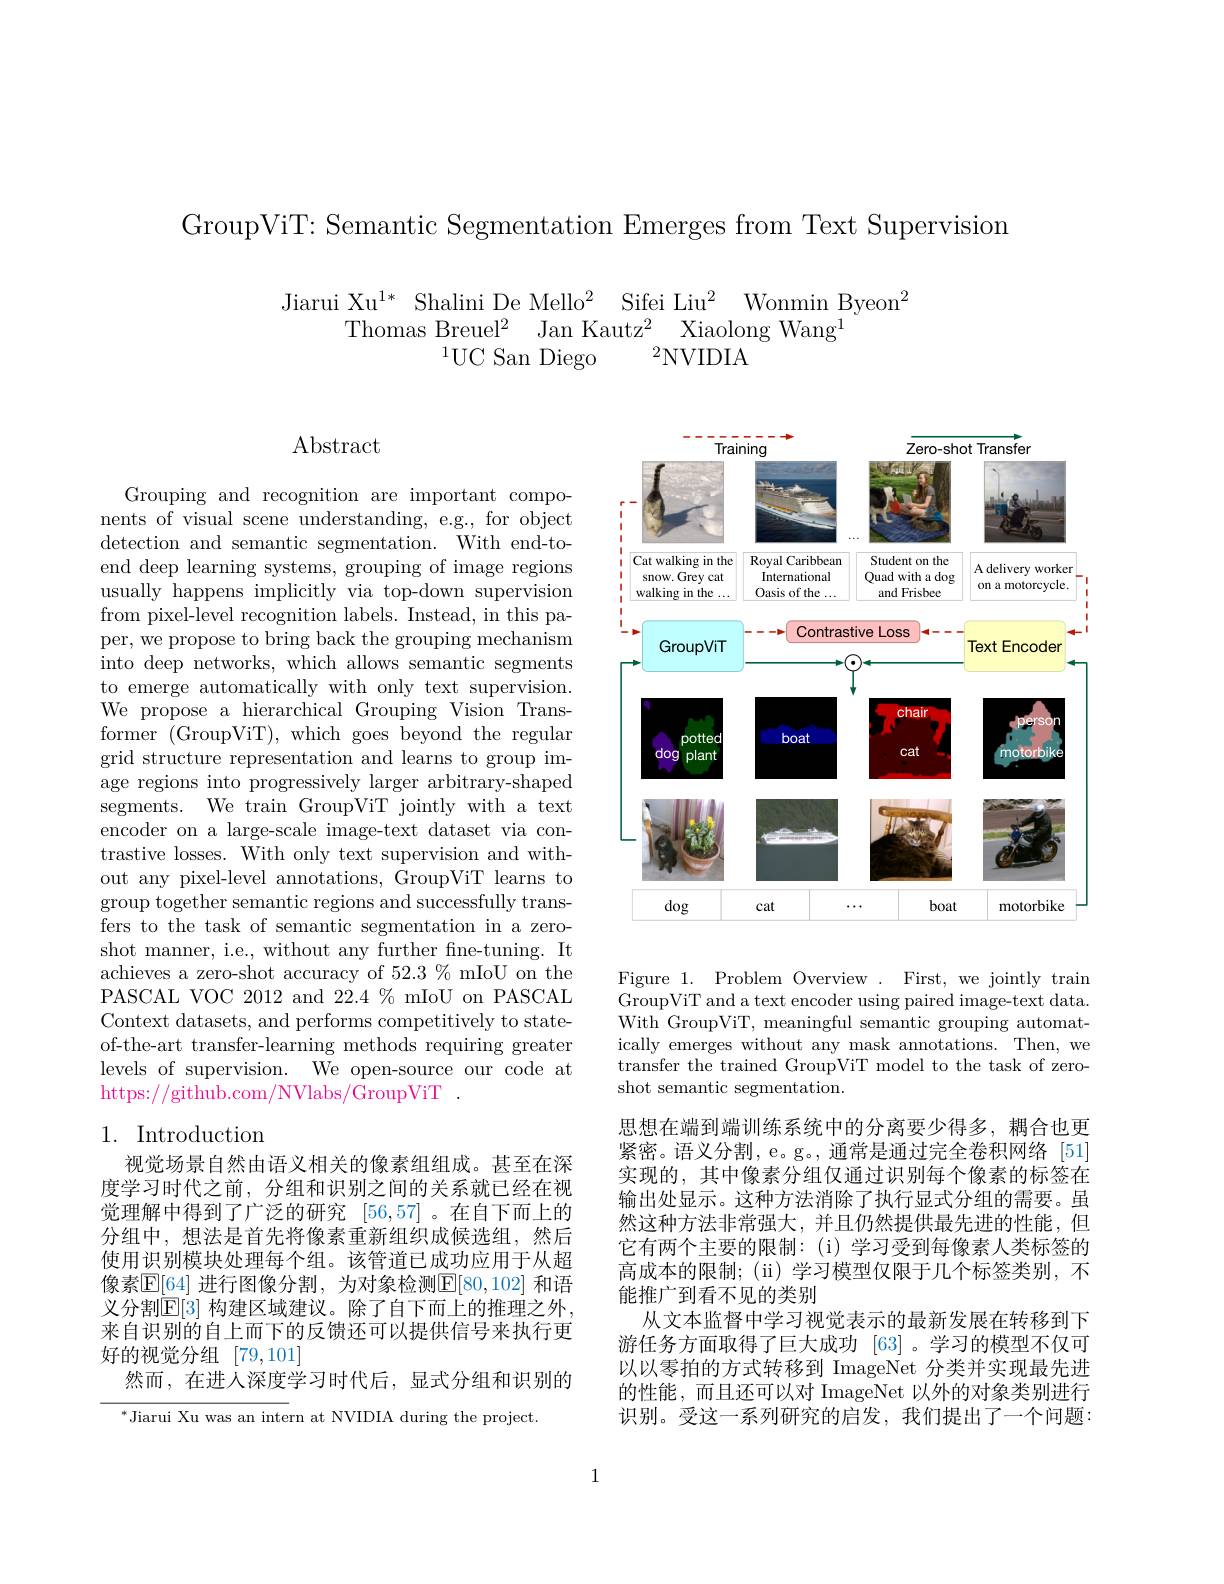
GroupViT: Semantic Segmentation Emerges from Text Supervision

$\begin{array}{c}{\mathrm{Jiarui~Xu^{1*}~Shalini~De~Mello^{2}~Sifei~Liu^{2}~Wonmin~Byeon^{2}}}\\{\mathrm{Thomas~Breuel^{2}~Jan~Kautz^{2}~Xiaolong~Wang^{1}}}\end{array}$
$^2$NVIDIA
$^{1}$UC San Diego

# $\operatorname{Abstract}$

Grouping and recognition are important components of visual scene understanding, e.g., for object detection and semantic segmentation. With end-toend deep learning systems, grouping of image regions usually happens implicitly via top-down supervision from pixel-level recognition labels. Instead, in this paper, we propose to bring back the grouping mechanism into deep networks, which allows semantic segments to emerge automatically with only text supervision. We propose a hierarchical Grouping Vision Transformer (GroupViT),which goes beyond the regular grid structure representation and learns to group image regions into progressively larger arbitrary-shaped segments. We train GroupViT jointly with a text encoder on a large-scale image-text dataset via contrastive losses. With only text supervision and without any pixel-level annotations, GroupViT learns to group together semantic regions and successfully transfers to the task of semantic segmentation in a zeroshot manner, i.e., without any further fne-tuning. It achieves a zero-shot accuracy of 52.3 % mIoU on the PASCAL VOC 2012 and 22.4 % mIoU on PASCAL Context datasets, and performs competitively to stateof-the-art transfer-learning methods requiring greater levels of supervision. We open-source our code at $\bar{\text{https:}//\text{github.com/NVlabs/GroupViT}}$

## 1. Introduction

视觉场景自然由语义相关的像素组组成。甚至在深度学习时代之前，分组和识别之间的关系就已经在视觉理解中得到了广泛的研究[56,57] 。在自下而上的分组中，想法是首先将像素重新组织成候选组，然后使用识别模块处理每个组。该管道已成功应用于从超像素$\mathbb{E}[64]$ 进行图像分割，为对象检测$\mathbb{E}[80,102]$ 和语义分割$\mathbb{E}[3]$ 构建区域建议。除了自下而上的推理之外， 来自识别的自上而下的反馈还可以提供信号来执行更好的视觉分组[79,101]
然而，在进入深度学习时代后，显式分组和识别的

$^*$Jiarui Xu was an intern at NVIDIA during the project.

<FigureHere>

Figure 1. Problem Overview
First, we jointly train
GroupViT and a text encoder using paired image-text data. With GroupViT, meaningful semantic grouping automatically emerges without any mask annotations. Then, we transfer the trained GroupViT model to the task of zeroshot semantic segmentation.

思想在端到端训练系统中的分离要少得多，耦合也更紧密。语义分割，e。g。, 通常是通过完全卷积网络 [51] 实现的，其中像素分组仅通过识别每个像素的标签在输出处显示。这种方法消除了执行显式分组的需要。虽然这种方法非常强大，并且仍然提供最先进的性能，但它有两个主要的限制：(i)学习受到每像素人类标签的高成本的限制；(ii)学习模型仅限于几个标签类别，不能推广到看不见的类别
从文本监督中学习视觉表示的最新发展在转移到下游任务方面取得了巨大成功 [63] 。学习的模型不仅可以以零拍的方式转移到 ImageNet 分类并实现最先进的性能，而且还可以对 ImageNet 以外的对象类别进行识别。受这一系列研究的启发，我们提出了一个问题：

1